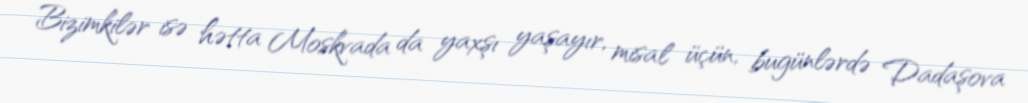
Bizimkilər isə hətta Moskvada da yaxşı yaşayır, misal üçün, bugünlərdə Dadaşova